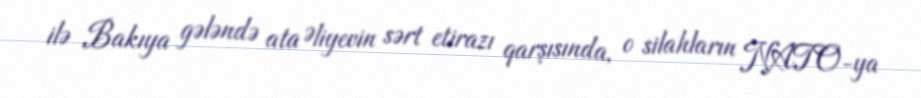
ilə Bakıya gələndə ata Əliyevin sərt etirazı qarşısında, o silahların NATO-ya